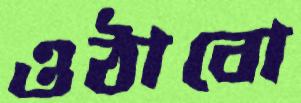
ওঠাবো